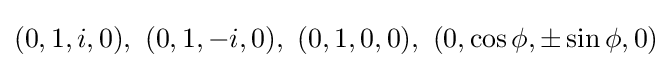
(0,1,i,0),\ (0,1,-i,0),\ (0,1,0,0),\ (0,\cos \phi ,\pm \sin \phi ,0)